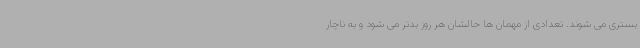
بستری می شوند. تعدادی از مهمان ها حالشان هر روز بدتر می شود و به ناچار